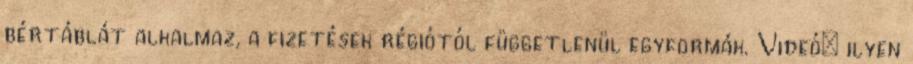
bértáblát alkalmaz, a fizetések régiótól függetlenül egyformák. Videó: ilyen